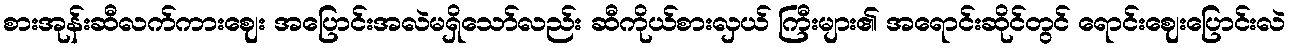
စားအုန်းဆီလက်ကားဈေး အပြောင်းအလဲမရှိသော်လည်း ဆီကိုယ်စားလှယ် ကြီးများ၏ အရောင်းဆိုင်တွင် ရောင်းဈေးပြောင်းလဲ